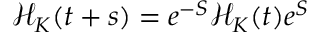
\mathcal { H } _ { K } ( t + s ) = e ^ { - S } \mathcal { H } _ { K } ( t ) e ^ { S }